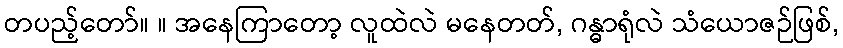
တပည့်တော်။ ။ အနေကြာတော့ လူထဲလဲ မနေတတ်, ဂန္ဓာရုံလဲ သံယောဇဉ်ဖြစ်,